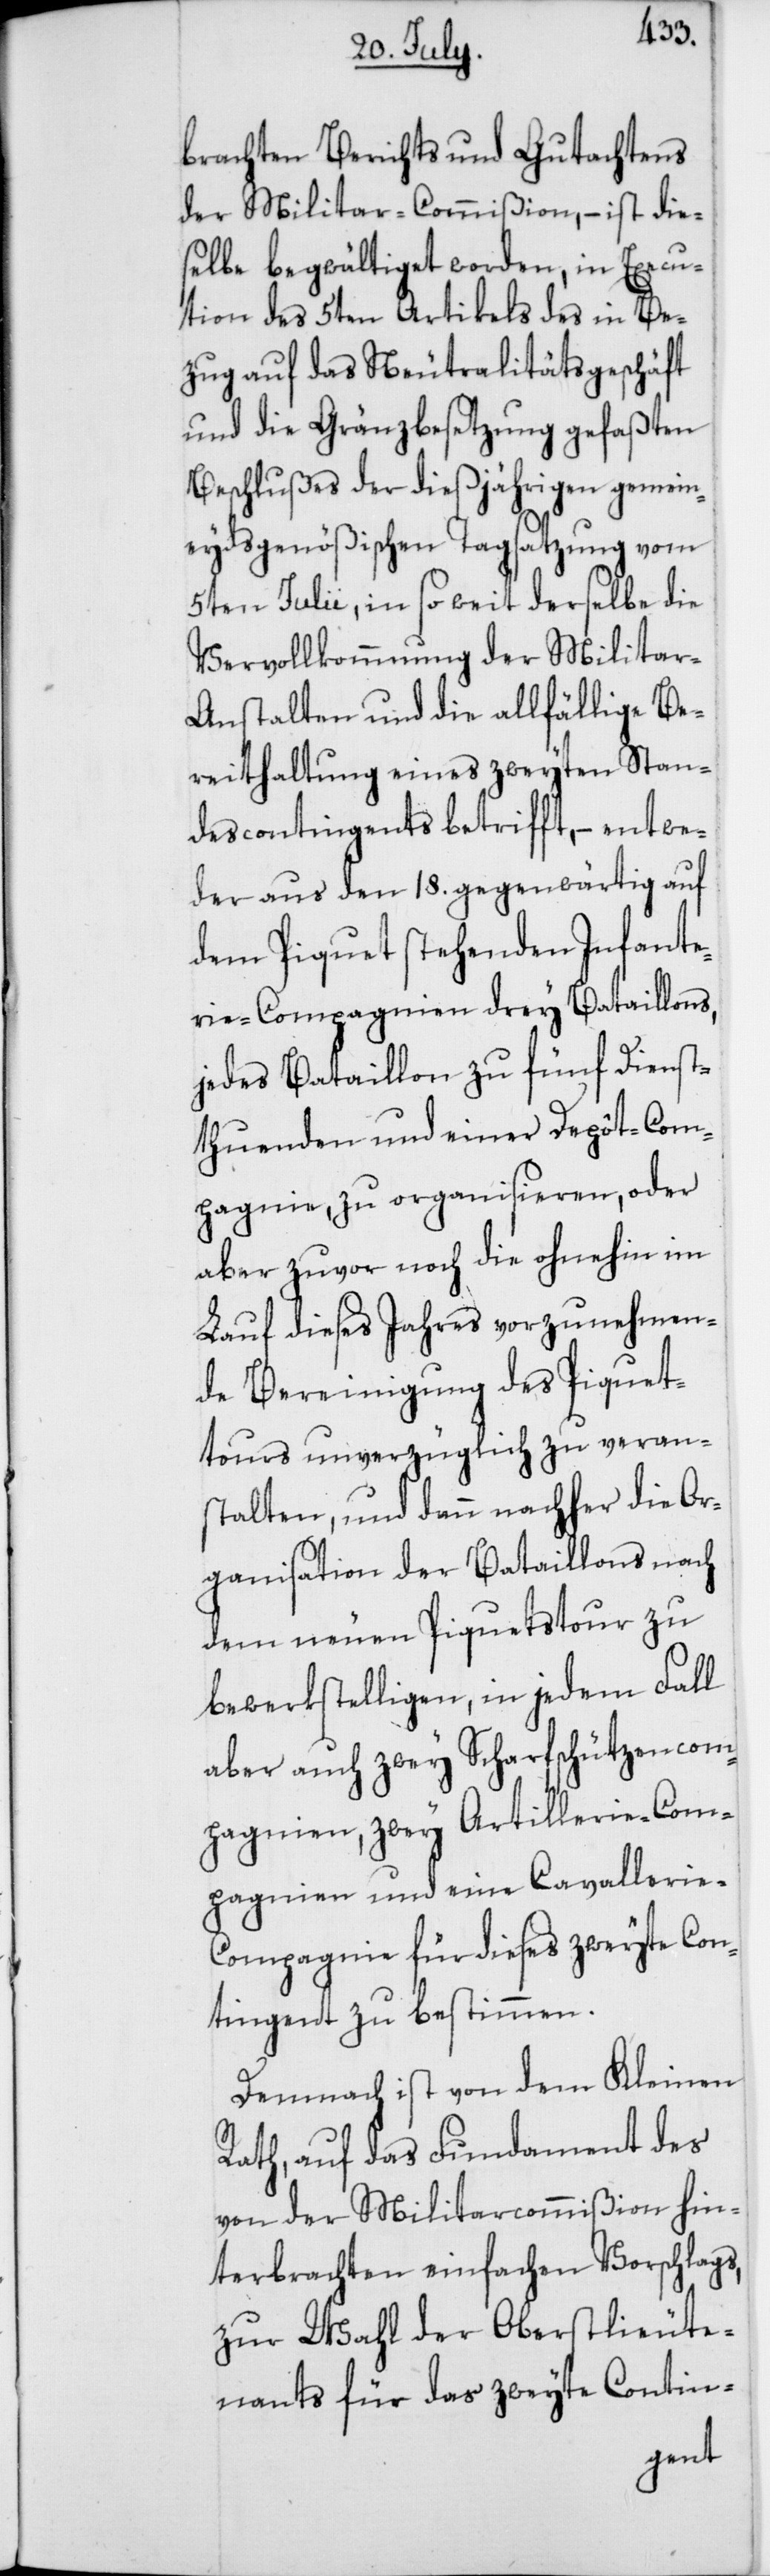
brachten Berichts und Gutachtens
der Militar-Commißion, – ist die¬
selbe begwältiget worden, in Execu¬
tion des 5ten Artikels des in Be¬
zug auf das Neutralitätsgeschäft
und die Gränzbesetzung gefaßten
Beschlußes der dießjährigen gemein¬
eydsgenößischen Tagsatzung vom
5ten Julii, in so weit derselbe die
Vervollkommnung der Militar-A¬
nstalten und die allfällige Be¬
reithaltung eines zweyten Stan¬
descontingents betrifft, – entwe¬
der aus den 18. gegenwärtig auf
dem Piquet stehenden Infante¬
rie-Compagnien drey Bataillons,
jedes Bataillon zu fünf Dienst¬
thuenden und einer Depôt-Com¬
pagnie, zu organisieren, oder
aber zuvor noch die ohnehin im
Lauf dieses Jahres vorzunehmen¬
de Bereinigung des Piquet¬
tours unverzüglich zu veran¬
stalten, und dann nachher die Or¬
ganisation der Bataillons nach
dem neuen Piquetstour zu
bewerkstelligen, in jedem Fall
aber auch zwey Scharfschützencom¬
pagnien, zwey Artillerie-Com¬
pagnien und eine Cavallerie-C¬
ompagnie für dieses zweyte Con¬
tingent zu bestimmen.
Demnach ist von dem Kleinen
Rath, auf das Fundament des
von der Militarcommißion hin¬
terbrachten einfachen Vorschlags,
zur Wahl der Oberstlieute¬
nants für das zweyte Contin-